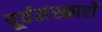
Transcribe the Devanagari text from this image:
पूर्वसंस्कारों